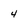
Character: 4